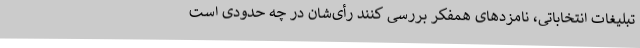
تبلیغات انتخاباتی، نامزدهای همفکر بررسی کنند رأی‌شان در چه حدودی است